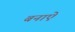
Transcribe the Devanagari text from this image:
बनाऐं